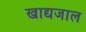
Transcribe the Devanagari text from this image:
खाद्यजाल